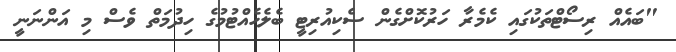
"ބައެއް ރިސޯޓްތަކުގައި ކެމެރާ ހަރުކޮށްގެން ސެކިއުރިޓީ ބެލެހެއްޓުމުގެ ހިދުމަތް ވެސް މި އަންނަނީ